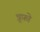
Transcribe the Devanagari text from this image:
त्रूफ़ो